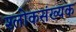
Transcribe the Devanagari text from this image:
श्लोकसंख्यक